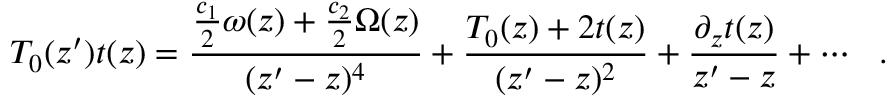
T _ { 0 } ( z ^ { \prime } ) t ( z ) = \frac { \frac { c _ { 1 } } { 2 } \omega ( z ) + \frac { c _ { 2 } } { 2 } \Omega ( z ) } { ( z ^ { \prime } - z ) ^ { 4 } } + \frac { T _ { 0 } ( z ) + 2 t ( z ) } { ( z ^ { \prime } - z ) ^ { 2 } } + \frac { \partial _ { z } t ( z ) } { z ^ { \prime } - z } + \cdots \: \: \: .